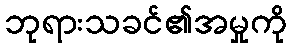
ဘုရားသခင်၏အမှုကို